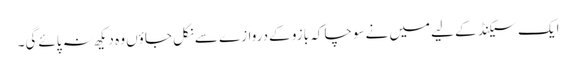
ایک سیکنڈ کے لیےمیں نےسوچا کہ بازو کےدروازے سےنکل جاؤں وہ دیکھ نہ پائےگی۔